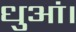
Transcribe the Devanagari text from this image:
धुआं।